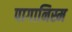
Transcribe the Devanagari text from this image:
पागानिस्म